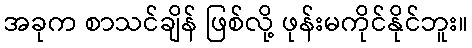
အခုက စာသင်ချိန် ဖြစ်လို့ ဖုန်းမကိုင်နိုင်ဘူး။